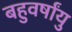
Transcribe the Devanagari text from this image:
बहुवर्षांयु